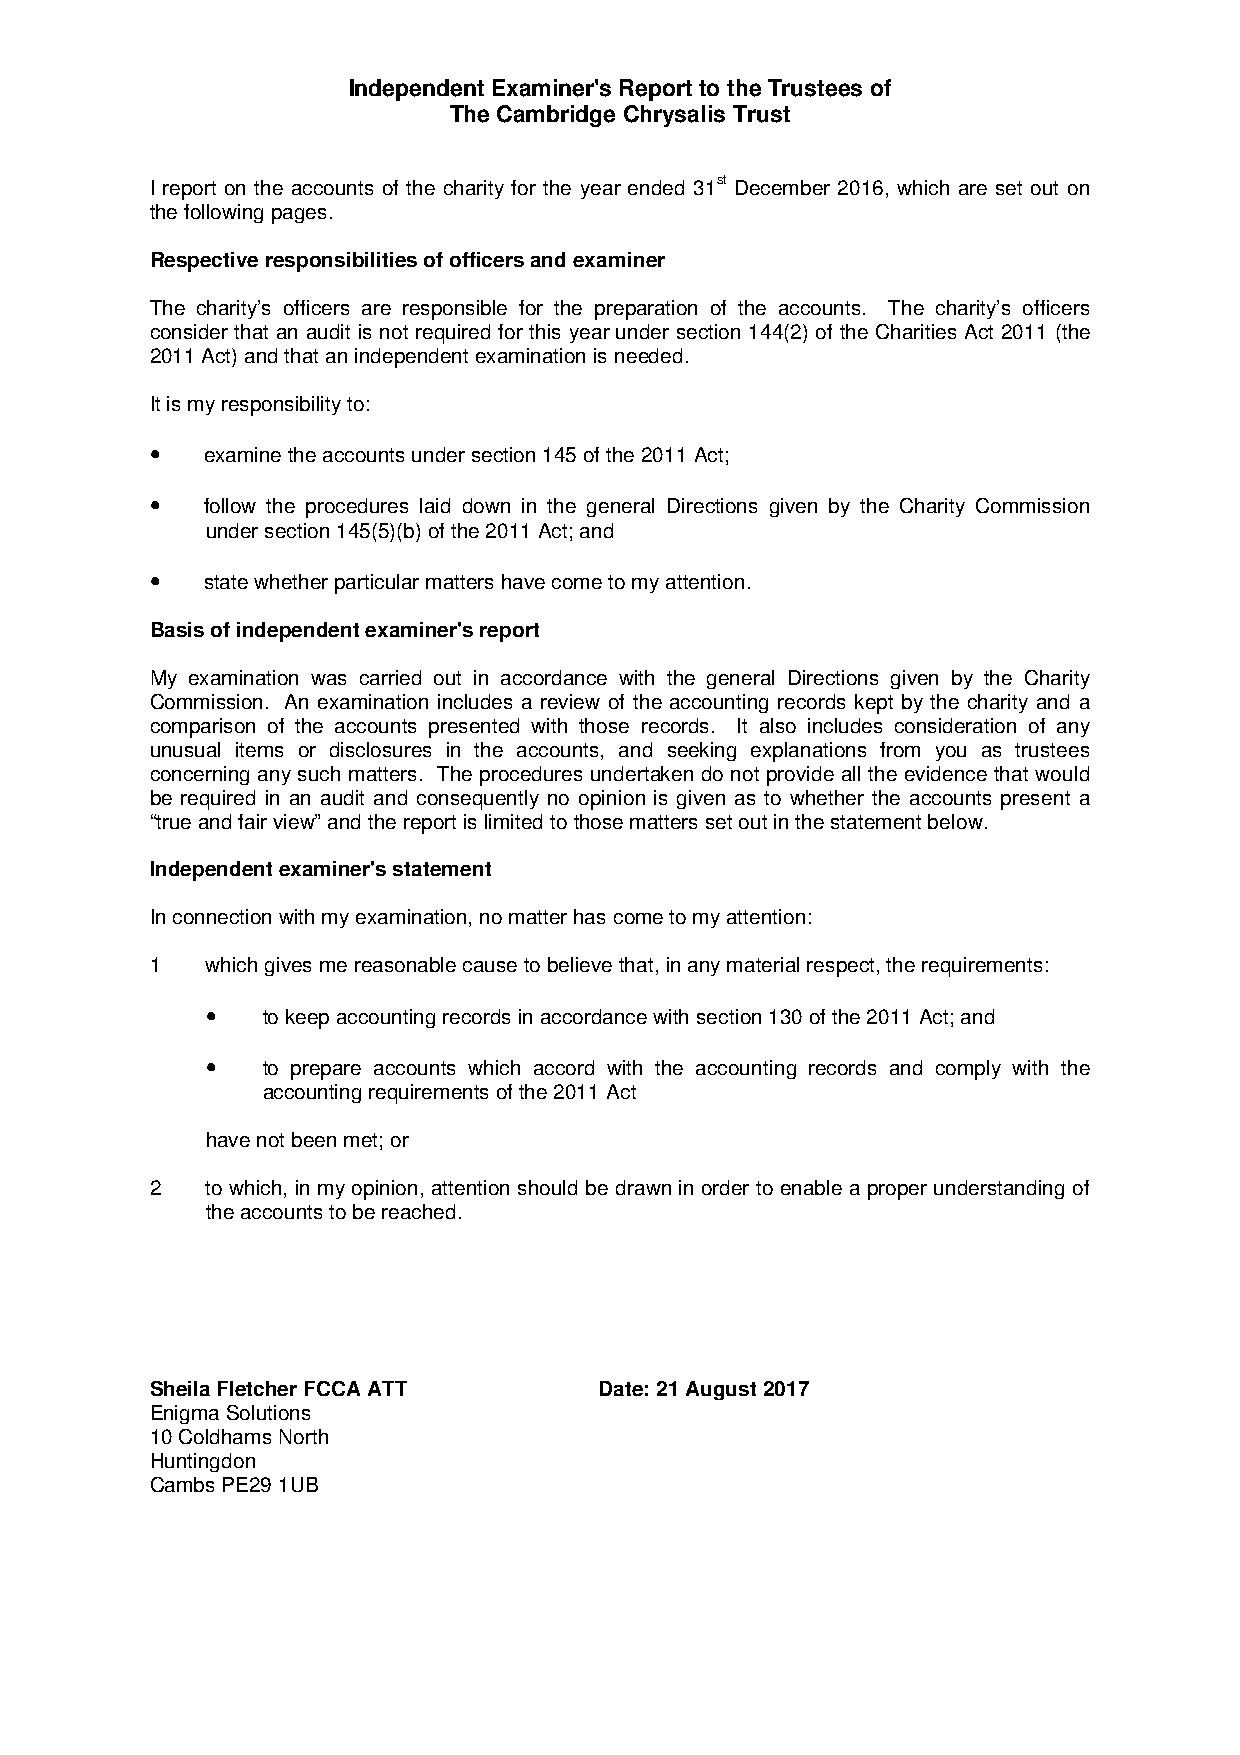
Independent Examiner's Report to the Trustees of
 The Cambridge Chrysalis Trust
 I report on the accounts of the charity for the year ended 31st December 2016, which are set out on
 the following pages.
 Respective responsibilities of officers and examiner
 The charity’s officers are responsible for the preparation of the accounts. The charity’s officers
 consider that an audit is not required for this year under section 144(2) of the Charities Act 2011 (the
 2011 Act) and that an independent examination is needed.
 It is my responsibility to:
 •
 examine the accounts under section 145 of the 2011 Act;
 •
 follow the procedures laid down in the general Directions given by the Charity Commission
 under section 145(5)(b) of the 2011 Act; and
 •
 state whether particular matters have come to my attention.
 Basis of independent examiner's report
 My examination was carried out in accordance with the general Directions given by the Charity
 Commission. An examination includes a review of the accounting records kept by the charity and a
 comparison of the accounts presented with those records. It also includes consideration of any
 unusual items or disclosures in the accounts, and seeking explanations from you as trustees
 concerning any such matters. The procedures undertaken do not provide all the evidence that would
 be required in an audit and consequently no opinion is given as to whether the accounts present a
 “true and fair view” and the report is limited to those matters set out in the statement below.
 Independent examiner's statement
 In connection with my examination, no matter has come to my attention:
 1   which gives me reasonable cause to believe that, in any material respect, the requirements:
 •
 to keep accounting records in accordance with section 130 of the 2011 Act; and
 •
 to prepare accounts which accord with the accounting records and comply with the
 accounting requirements of the 2011 Act
 have not been met; or
 2   to which, in my opinion, attention should be drawn in order to enable a proper understanding of
 the accounts to be reached.
 Sheila Fletcher FCCA ATT      Date: 21 August 2017
 Enigma Solutions
 10 Coldhams North
 Huntingdon
 Cambs PE29 1UB